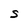
Character: s